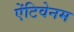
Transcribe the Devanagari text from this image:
ऐंटिवेनम